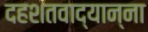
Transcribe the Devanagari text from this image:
दहशतवाद्यान्ना